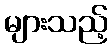
များသည့်